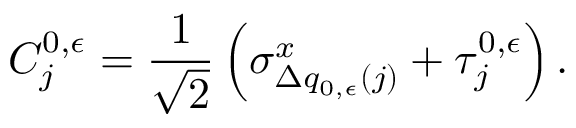
C _ { j } ^ { 0 , \epsilon } = \frac { 1 } { \sqrt { 2 } } \left( \sigma _ { \Delta q _ { 0 , \epsilon } ( j ) } ^ { x } + \tau _ { j } ^ { 0 , \epsilon } \right) .